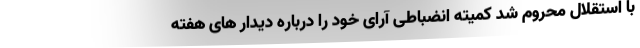
با استقلال محروم شد کمیته انضباطی آرای خود را درباره دیدار های هفته